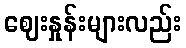
ဈေးနှုန်းများလည်း